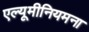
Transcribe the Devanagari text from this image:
एल्यूमीनियमना